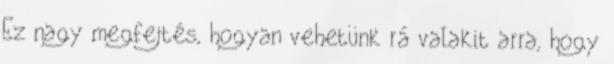
Ez nagy megfejtés, hogyan vehetünk rá valakit arra, hogy